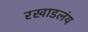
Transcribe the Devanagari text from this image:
रखाडलंय